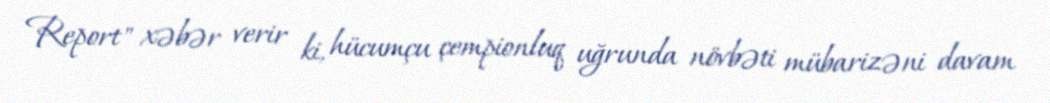
Report" xəbər verir ki, hücumçu çempionluq uğrunda növbəti mübarizəni davam